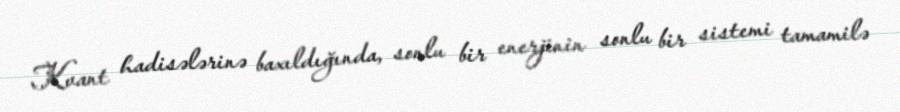
Kvant hadisələrinə baxıldığında, sonlu bir enerjinin sonlu bir sistemi tamamilə